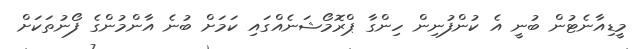
މީޑިއާނެޓުން ބުނީ އެ ކުންފުނިން ހިންގާ ޕްރޮމޯޝަނެއްގައި ކަމަށް ބުނެ އާންމުންގެ ފޯނުތަކަށް